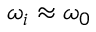
\omega _ { i } \approx \omega _ { 0 }